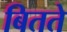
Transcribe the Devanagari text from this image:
बितते